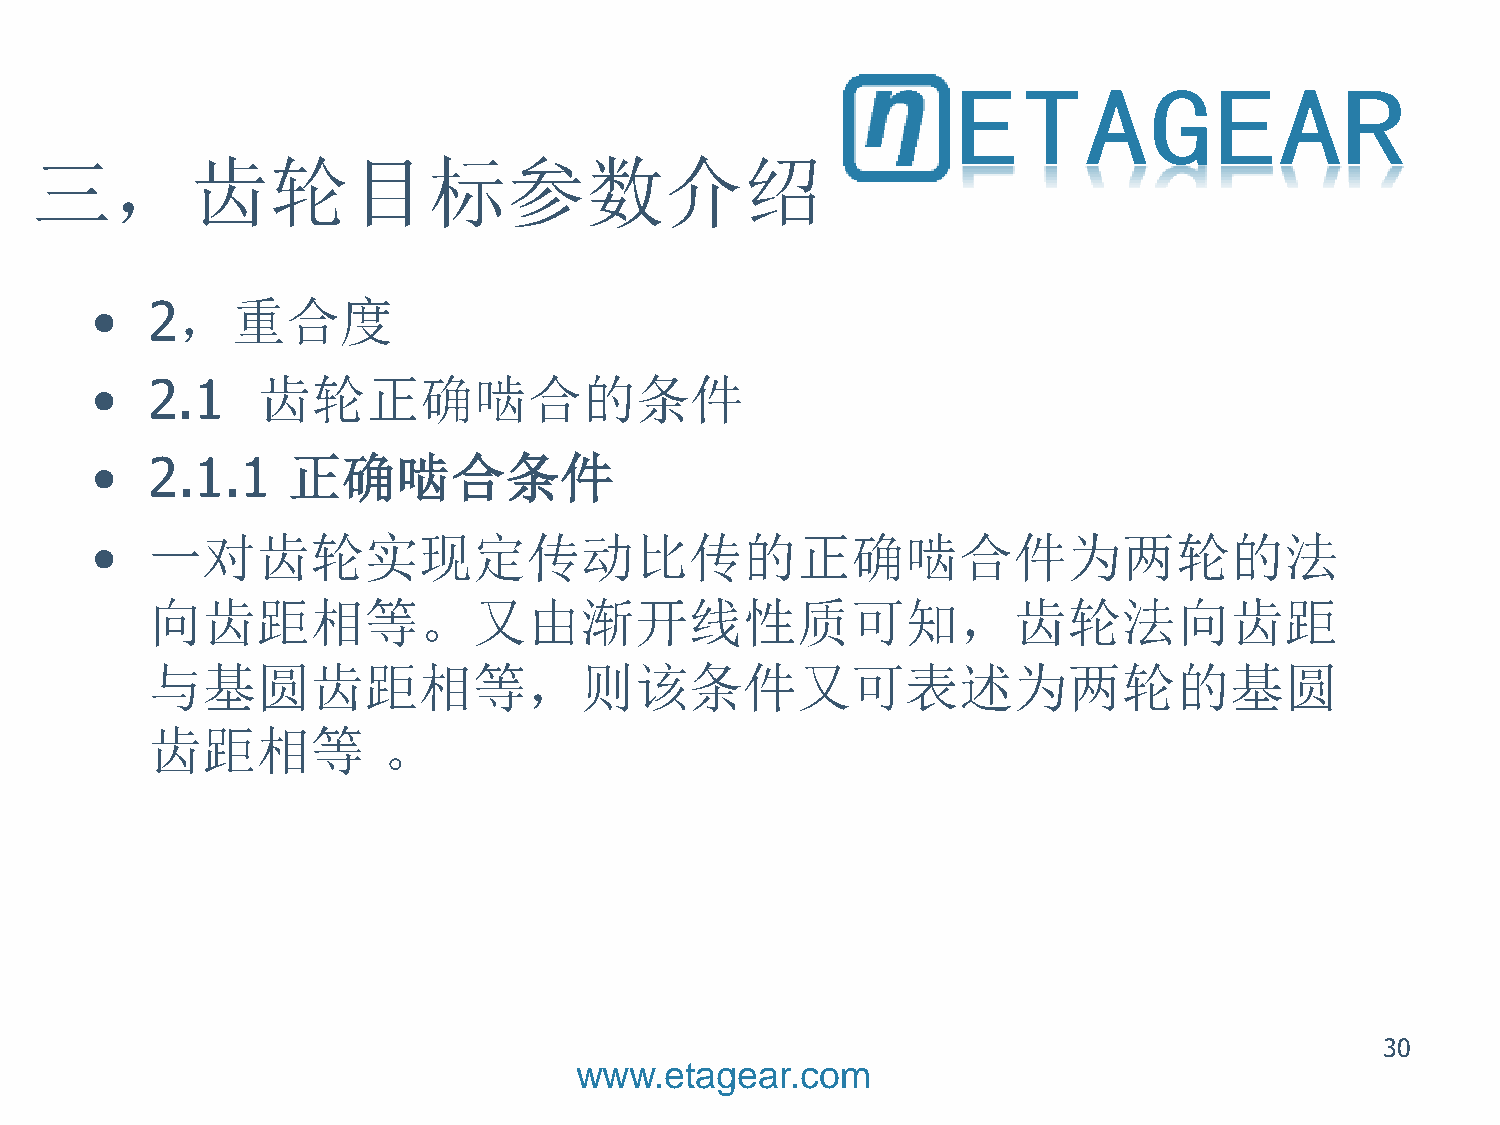
三，齿轮目标参数介绍
 •   2，重合度
 •   2.1    齿轮正确啮合的条件
 •   2.1.1    正确啮合条件
 •   一对齿轮实现定传动比传的正确啮合件为两轮的法
 向齿距相等。又由渐开线性质可知，齿轮法向齿距
 与基圆齿距相等，则该条件又可表述为两轮的基圆
 齿距相等           。
 30
 www.etagear.com